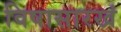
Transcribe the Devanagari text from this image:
विषासारखं